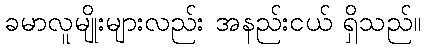
ခမာလူမျိုးများလည်း အနည်းငယ် ရှိသည်။